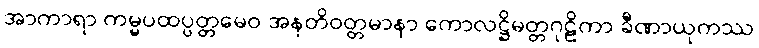
အာကာရာ ကမ္မပထပ္ပတ္တမေဝ အနတိဝတ္တမာနာ ကောလဋ္ဌိမတ္တဂုဠိကာ ခီဏာယုကဿ